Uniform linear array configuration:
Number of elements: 16
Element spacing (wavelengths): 0.25
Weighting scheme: cosine
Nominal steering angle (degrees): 15
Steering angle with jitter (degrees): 13.916
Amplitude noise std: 0.05
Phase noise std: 0.05

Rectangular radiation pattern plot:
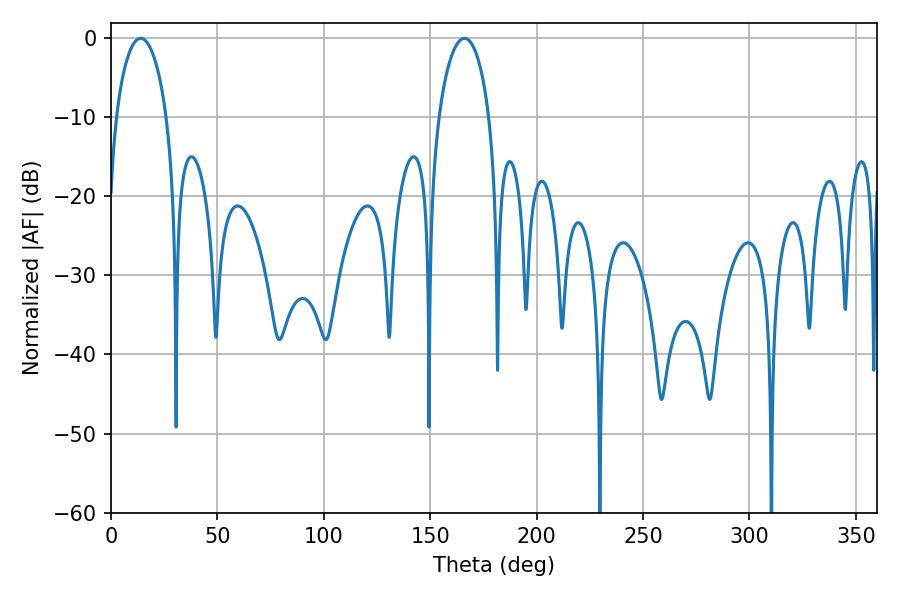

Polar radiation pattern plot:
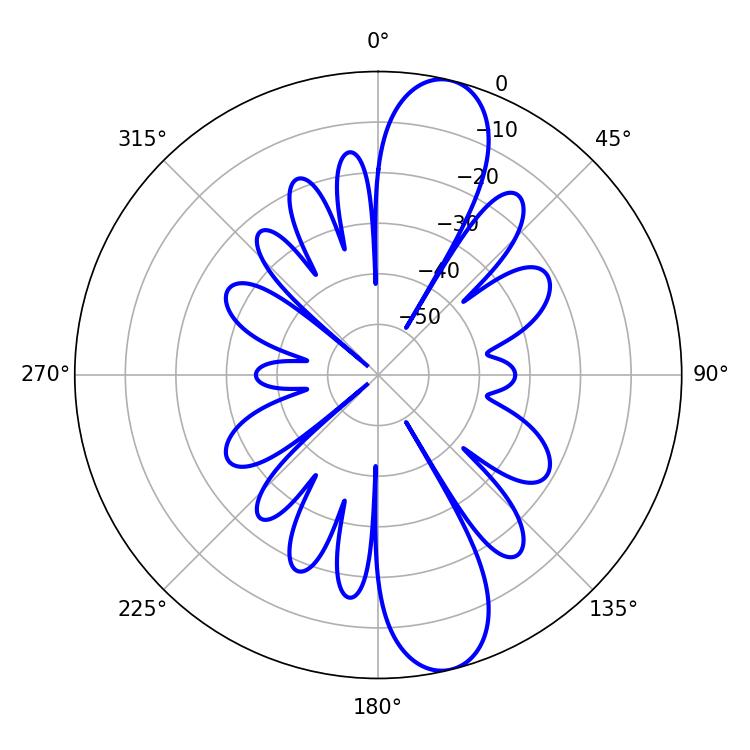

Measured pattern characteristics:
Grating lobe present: FALSE
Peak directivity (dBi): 12.062
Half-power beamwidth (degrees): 13.68
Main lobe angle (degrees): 13.86